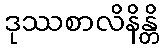
ဒုဿစာလိနိန္တိ